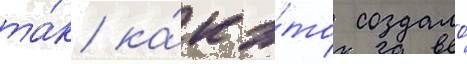
та́к ка́к э́то создало